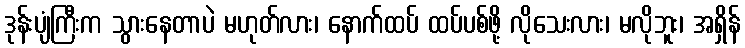
ဒုန်းပျံကြီးက သွားနေတာပဲ မဟုတ်လား၊ နောက်ထပ် ထပ်ပစ်ဖို့ လိုသေးလား၊ မလိုဘူး၊ အရှိန်